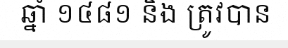
ឆ្នាំ ១៤៨១ និង ត្រូវបាន